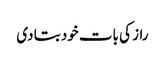
راز کی بات خود بتا دی